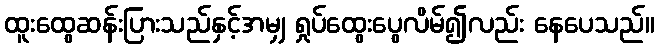
ထူးထွေဆန်းပြားသည်နှင့်အမျှ ရှုပ်ထွေးပွေလိမ်၍လည်း နေပေသည်။